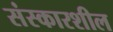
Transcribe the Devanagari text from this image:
संस्कारशील